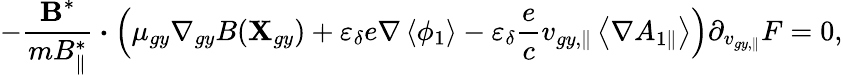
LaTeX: -\frac{\textbf{B}^{*}}{m{B}_{\parallel}^{*}}\boldsymbol{\cdot}\left(\mu_{gy}\nabla_{gy}B(\textbf{X}_{gy})+\varepsilon_{\delta}e\nabla\left\langle\phi_{1}\right\rangle-\varepsilon_{\delta}\frac{e}{c}v_{gy,\parallel}\left\langle\nabla{A}_{1\parallel}\right\rangle\right)\partial_{v_{gy,\parallel}}F=0,